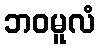
ဘဝမူလံ